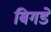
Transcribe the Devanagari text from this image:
बिगडे